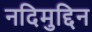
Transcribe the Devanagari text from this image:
नदिमुद्दिन